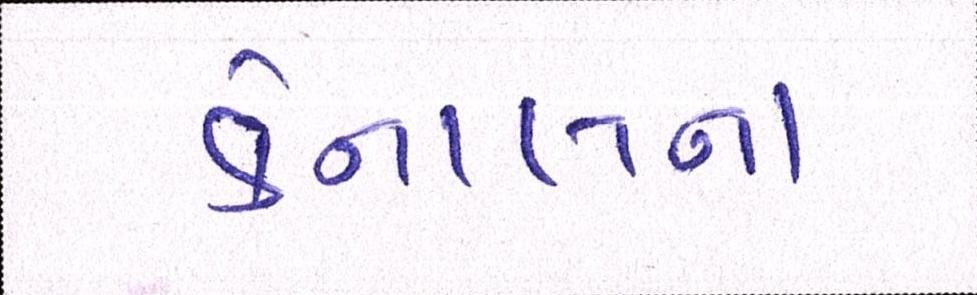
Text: કેનાલના